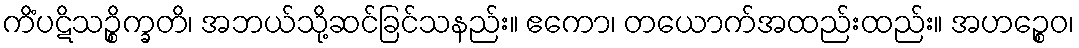
ကိံပဋိသဉ္စိက္ခတိ၊ အဘယ်သို့ဆင်ခြင်သနည်း။ ဧကော၊ တယောက်အထည်းထည်း။ အဟဉ္စေဝ၊